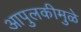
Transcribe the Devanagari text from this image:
आपुलकीमुळे